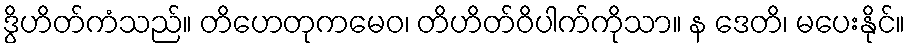
ဒွိဟိတ်ကံသည်။ တိဟေတုကမေဝ၊ တိဟိတ်ဝိပါက်ကိုသာ။ န ဒေတိ၊ မပေးနိုင်။